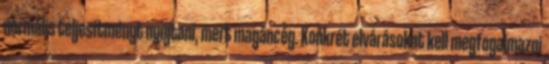
normális teljesítményt nyújtani, mert magáncég. Konkrét elvárásokat kell megfogalmazni